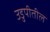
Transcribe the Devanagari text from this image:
उडुपीतील